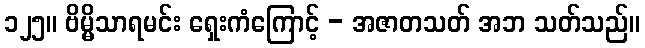
၁၂၅။ ဗိမ္မိသာရမင်း ရှေးကံကြောင့် - အဇာတသတ် အဘ သတ်သည်။